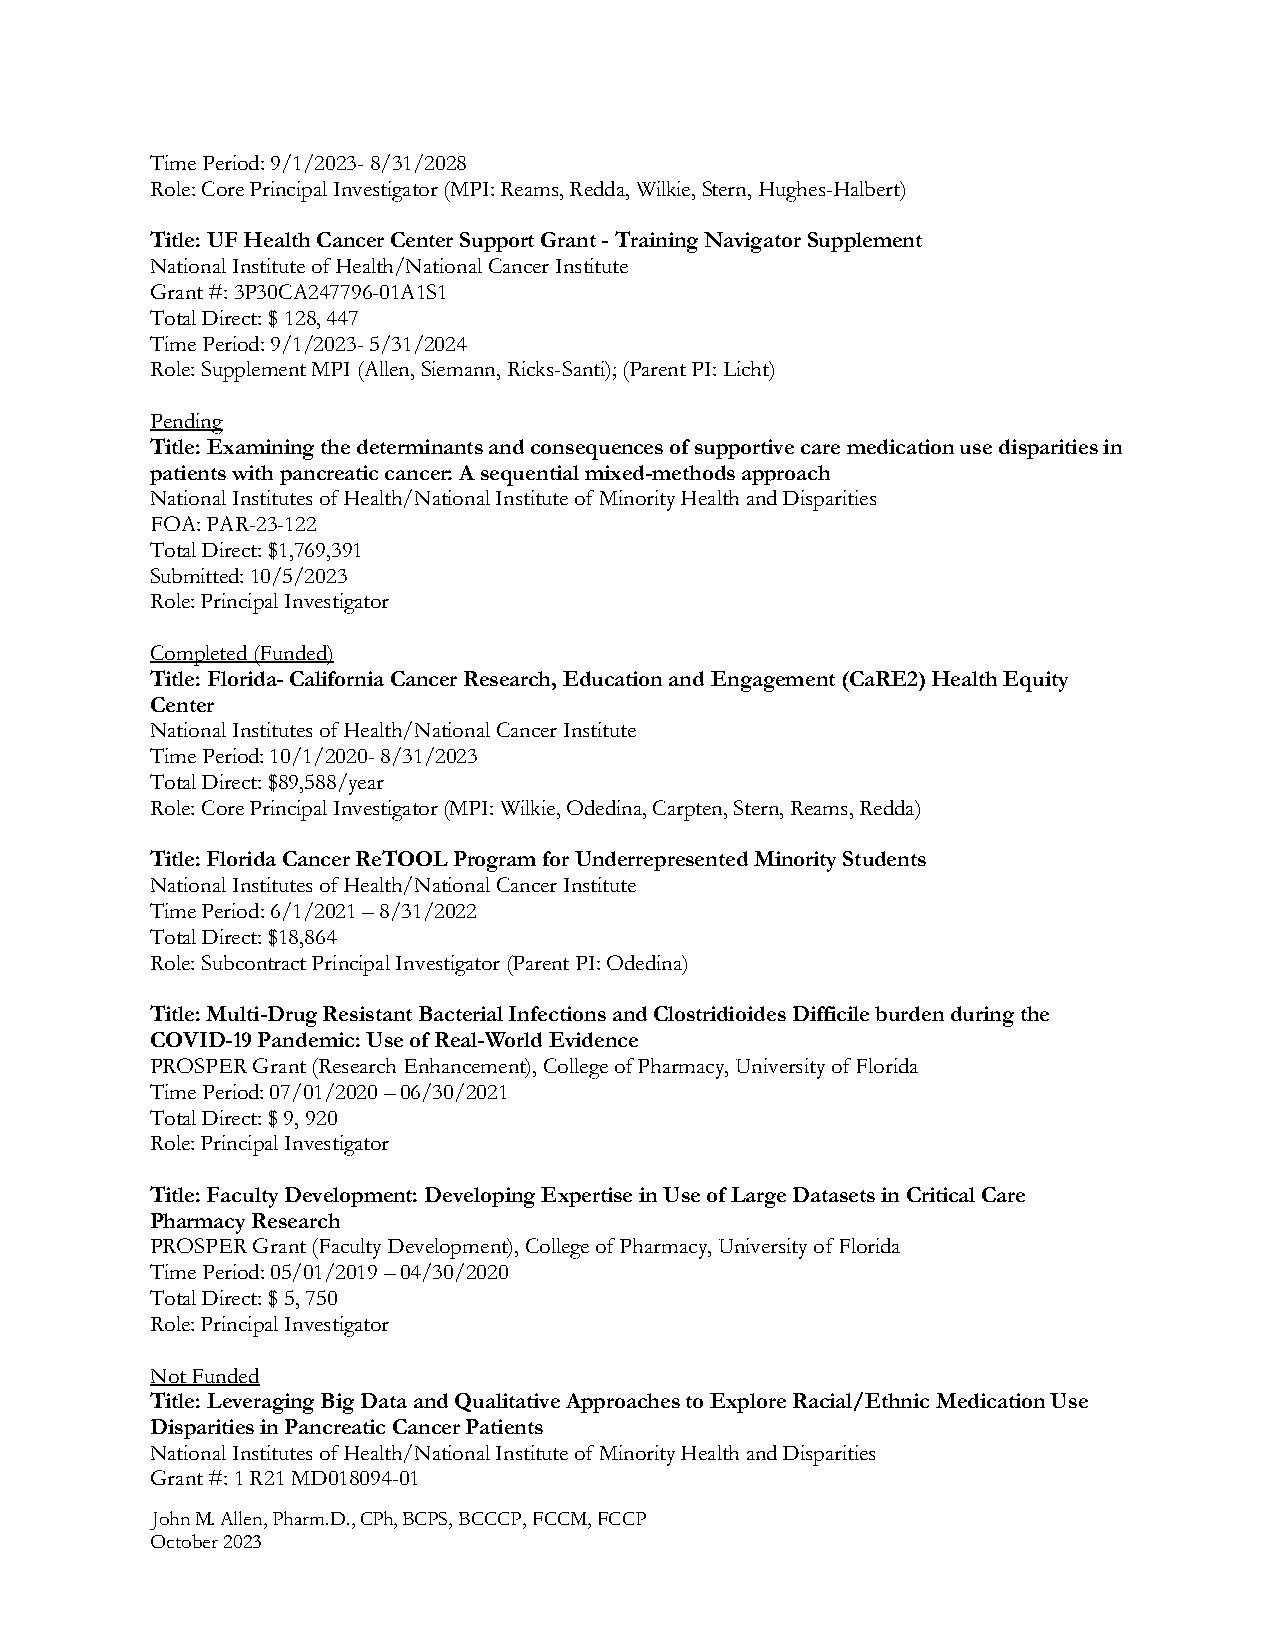
Time Period: 9/1/2023- 8/31/2028
 Role: Core Principal Investigator (MPI: Reams, Redda, Wilkie, Stern, Hughes-Halbert)
 Title: UF Health Cancer Center Support Grant - Training Navigator Supplement
 National Institute of Health/National Cancer Institute
 Grant #: 3P30CA247796-01A1S1
 Total Direct: $ 128, 447
 Time Period: 9/1/2023- 5/31/2024
 Role: Supplement MPI (Allen, Siemann, Ricks-Santi); (Parent PI: Licht)
 Pending
 Title: Examining the determinants and consequences of supportive care medication use disparities in
 patients with pancreatic cancer: A sequential mixed-methods approach
 National Institutes of Health/National Institute of Minority Health and Disparities
 FOA: PAR-23-122
 Total Direct: $1,769,391
 Submitted: 10/5/2023
 Role: Principal Investigator
 Completed (Funded)
 Title: Florida- California Cancer Research, Education and Engagement (CaRE2) Health Equity
 Center
 National Institutes of Health/National Cancer Institute
 Time Period: 10/1/2020- 8/31/2023
 Total Direct: $89,588/year
 Role: Core Principal Investigator (MPI: Wilkie, Odedina, Carpten, Stern, Reams, Redda)
 Title: Florida Cancer ReTOOL Program for Underrepresented Minority Students
 National Institutes of Health/National Cancer Institute
 Time Period: 6/1/2021 – 8/31/2022
 Total Direct: $18,864
 Role: Subcontract Principal Investigator (Parent PI: Odedina)
 Title: Multi-Drug Resistant Bacterial Infections and Clostridioides Difficile burden during the
 COVID-19 Pandemic: Use of Real-World Evidence
 PROSPER Grant (Research Enhancement), College of Pharmacy, University of Florida
 Time Period: 07/01/2020 – 06/30/2021
 Total Direct: $ 9, 920
 Role: Principal Investigator
 Title: Faculty Development: Developing Expertise in Use of Large Datasets in Critical Care
 Pharmacy Research
 PROSPER Grant (Faculty Development), College of Pharmacy, University of Florida
 Time Period: 05/01/2019 – 04/30/2020
 Total Direct: $ 5, 750
 Role: Principal Investigator
 Not Funded
 Title: Leveraging Big Data and Qualitative Approaches to Explore Racial/Ethnic Medication Use
 Disparities in Pancreatic Cancer Patients
 National Institutes of Health/National Institute of Minority Health and Disparities
 Grant #: 1 R21 MD018094-01
 John M. Allen, Pharm.D., CPh, BCPS, BCCCP, FCCM, FCCP
 October 2023